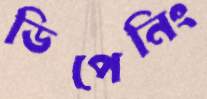
ডিপেনিং